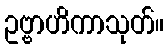
ဥဗ္ဗာဟိကာသုတ်။